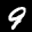
Label: 9